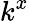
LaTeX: k^{x}